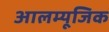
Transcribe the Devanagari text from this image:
आलम्यूजिक